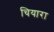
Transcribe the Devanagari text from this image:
चियारा